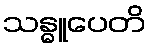
သန္ဓူပေတိ